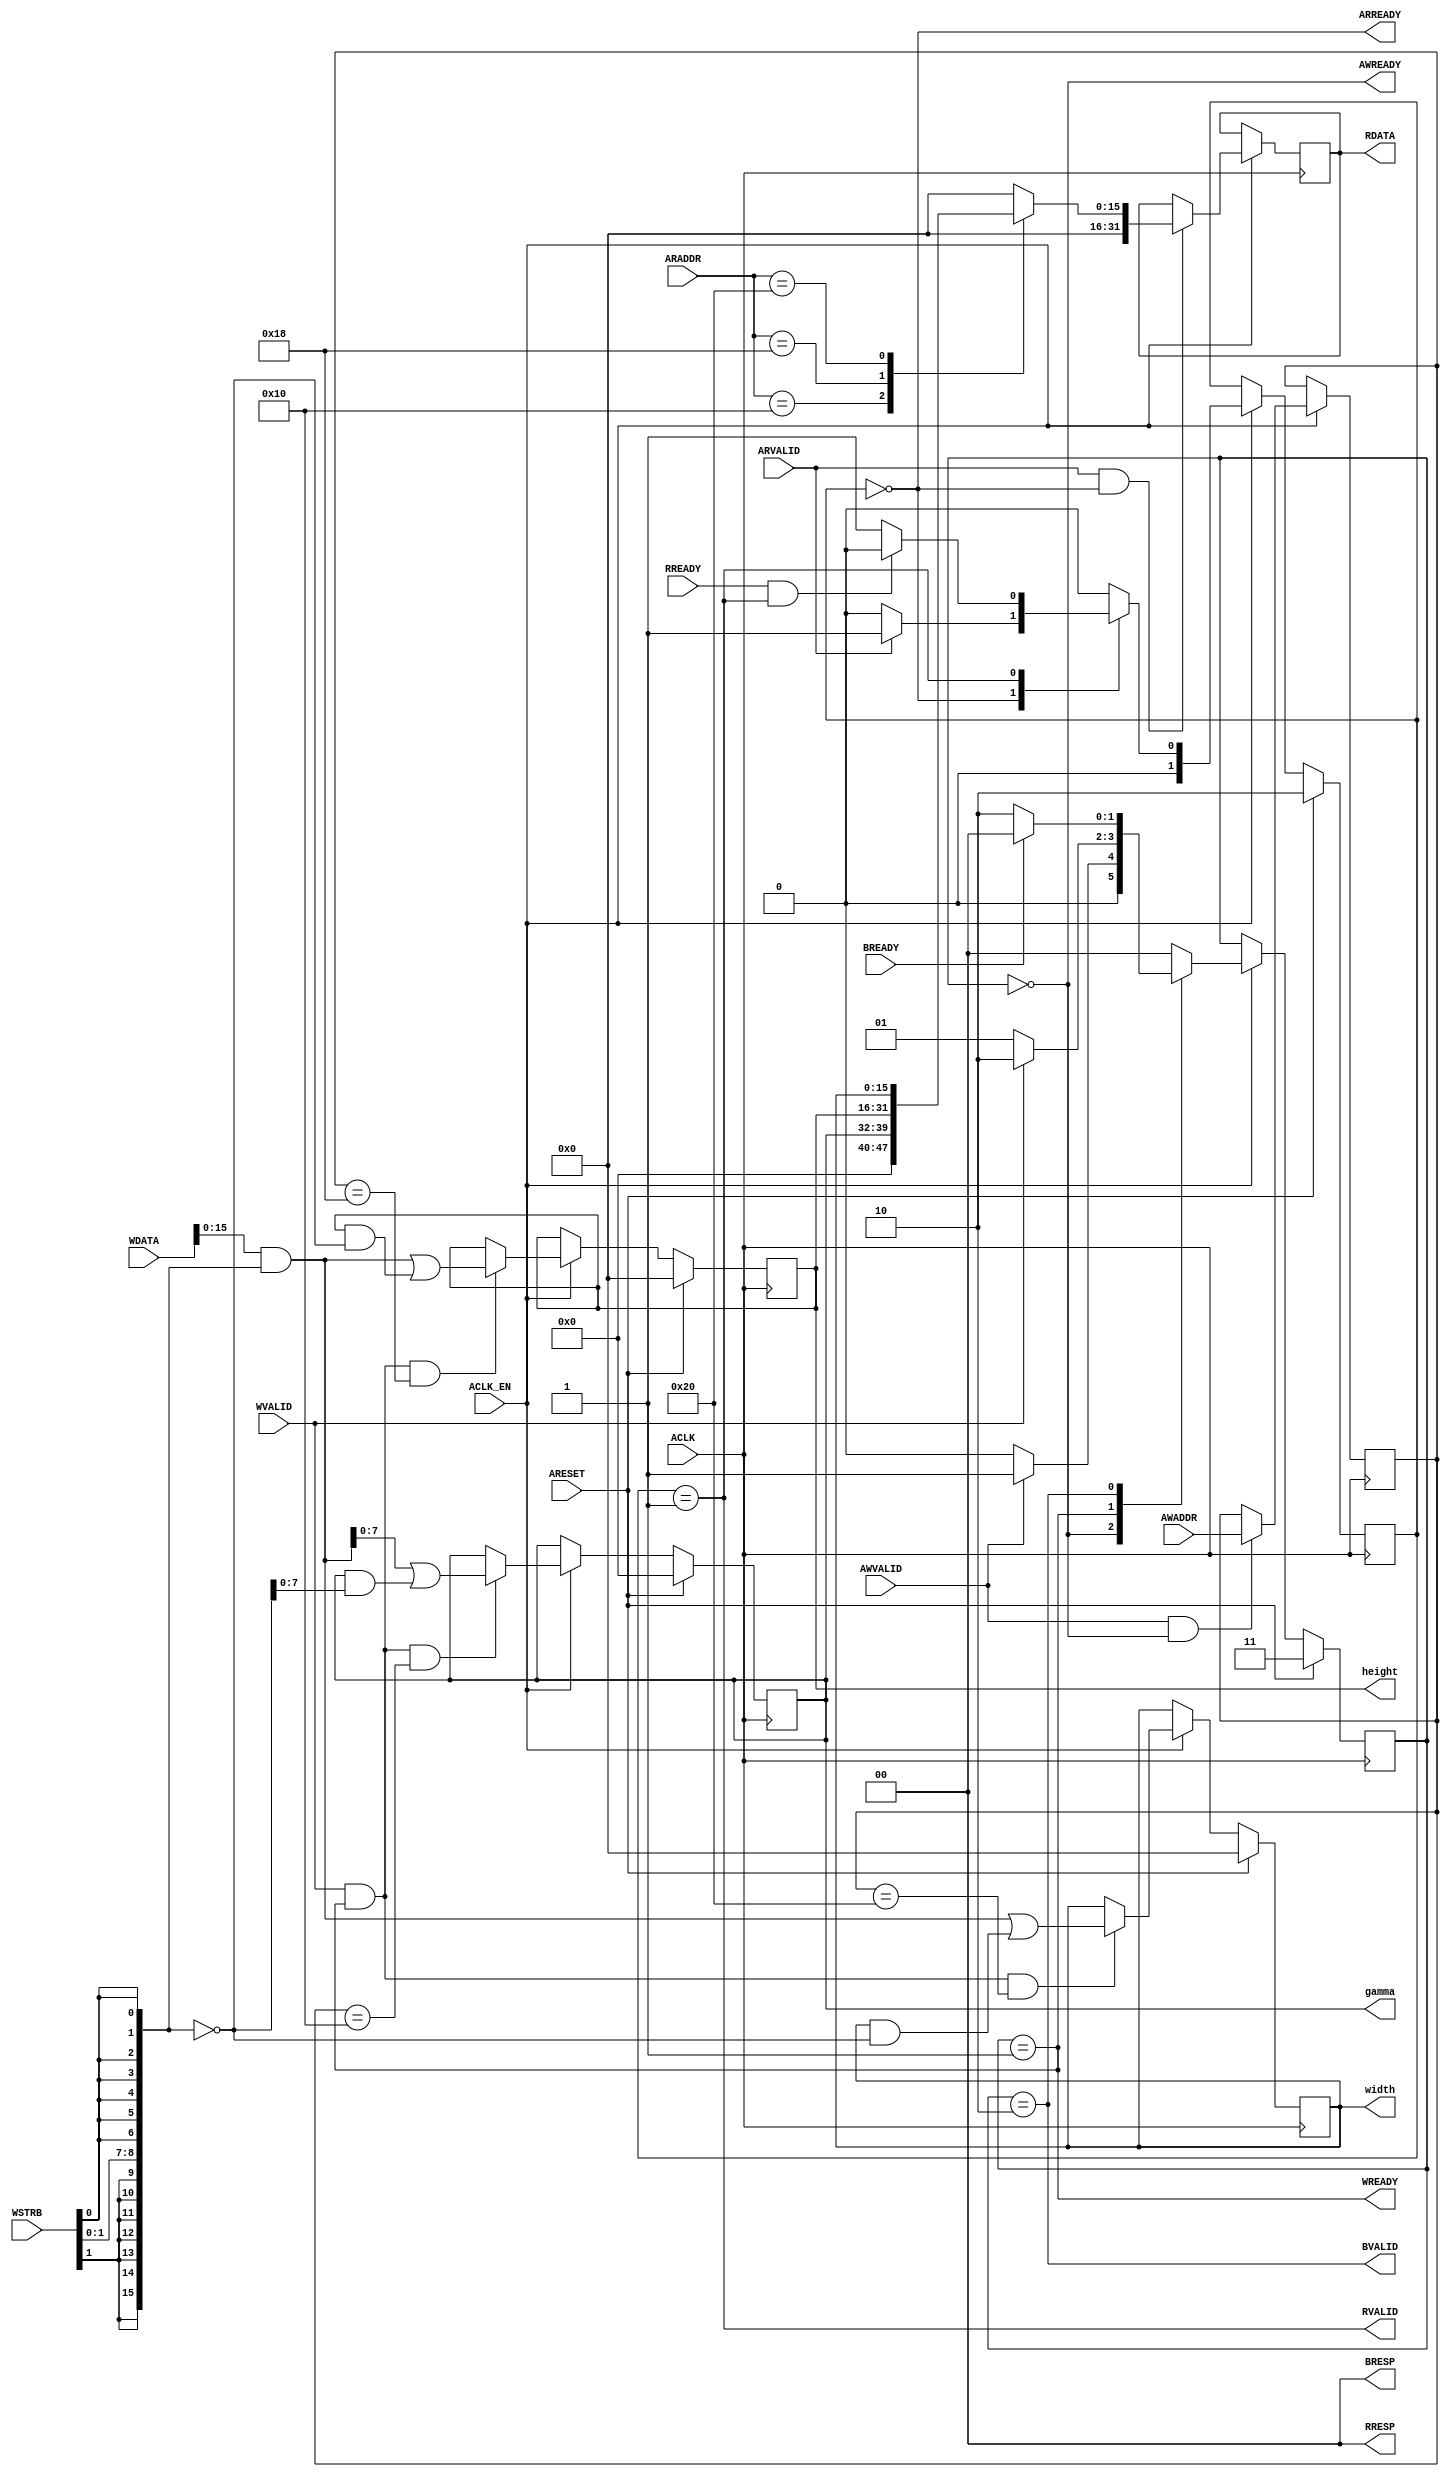
module hls_gamma_correction_AXILiteS_s_axi
#(parameter
    C_S_AXI_ADDR_WIDTH = 6,
    C_S_AXI_DATA_WIDTH = 32
)(
    // axi4 lite slave signals
    input  wire                          ACLK,
    input  wire                          ARESET,
    input  wire                          ACLK_EN,
    input  wire [C_S_AXI_ADDR_WIDTH-1:0] AWADDR,
    input  wire                          AWVALID,
    output wire                          AWREADY,
    input  wire [C_S_AXI_DATA_WIDTH-1:0] WDATA,
    input  wire [C_S_AXI_DATA_WIDTH/8-1:0] WSTRB,
    input  wire                          WVALID,
    output wire                          WREADY,
    output wire [1:0]                    BRESP,
    output wire                          BVALID,
    input  wire                          BREADY,
    input  wire [C_S_AXI_ADDR_WIDTH-1:0] ARADDR,
    input  wire                          ARVALID,
    output wire                          ARREADY,
    output wire [C_S_AXI_DATA_WIDTH-1:0] RDATA,
    output wire [1:0]                    RRESP,
    output wire                          RVALID,
    input  wire                          RREADY,
    // user signals
    output wire [7:0]                    gamma,
    output wire [15:0]                   height,
    output wire [15:0]                   width
);
//------------------------Address Info-------------------
// 0x00 : reserved
// 0x04 : reserved
// 0x08 : reserved
// 0x0c : reserved
// 0x10 : Data signal of gamma
//        bit 7~0 - gamma[7:0] (Read/Write)
//        others  - reserved
// 0x14 : reserved
// 0x18 : Data signal of height
//        bit 15~0 - height[15:0] (Read/Write)
//        others   - reserved
// 0x1c : reserved
// 0x20 : Data signal of width
//        bit 15~0 - width[15:0] (Read/Write)
//        others   - reserved
// 0x24 : reserved
// (SC = Self Clear, COR = Clear on Read, TOW = Toggle on Write, COH = Clear on Handshake)

//------------------------Parameter----------------------
localparam
    ADDR_GAMMA_DATA_0  = 6'h10,
    ADDR_GAMMA_CTRL    = 6'h14,
    ADDR_HEIGHT_DATA_0 = 6'h18,
    ADDR_HEIGHT_CTRL   = 6'h1c,
    ADDR_WIDTH_DATA_0  = 6'h20,
    ADDR_WIDTH_CTRL    = 6'h24,
    WRIDLE             = 2'd0,
    WRDATA             = 2'd1,
    WRRESP             = 2'd2,
    WRRESET            = 2'd3,
    RDIDLE             = 2'd0,
    RDDATA             = 2'd1,
    RDRESET            = 2'd2,
    ADDR_BITS         = 6;

//------------------------Local signal-------------------
    reg  [1:0]                    wstate = WRRESET;
    reg  [1:0]                    wnext;
    reg  [ADDR_BITS-1:0]          waddr;
    wire [31:0]                   wmask;
    wire                          aw_hs;
    wire                          w_hs;
    reg  [1:0]                    rstate = RDRESET;
    reg  [1:0]                    rnext;
    reg  [31:0]                   rdata;
    wire                          ar_hs;
    wire [ADDR_BITS-1:0]          raddr;
    // internal registers
    reg  [7:0]                    int_gamma = 'b0;
    reg  [15:0]                   int_height = 'b0;
    reg  [15:0]                   int_width = 'b0;

//------------------------Instantiation------------------

//------------------------AXI write fsm------------------
assign AWREADY = (wstate == WRIDLE);
assign WREADY  = (wstate == WRDATA);
assign BRESP   = 2'b00;  // OKAY
assign BVALID  = (wstate == WRRESP);
assign wmask   = { {8{WSTRB[3]}}, {8{WSTRB[2]}}, {8{WSTRB[1]}}, {8{WSTRB[0]}} };
assign aw_hs   = AWVALID & AWREADY;
assign w_hs    = WVALID & WREADY;

// wstate
always @(posedge ACLK) begin
    if (ARESET)
        wstate <= WRRESET;
    else if (ACLK_EN)
        wstate <= wnext;
end

// wnext
always @(*) begin
    case (wstate)
        WRIDLE:
            if (AWVALID)
                wnext = WRDATA;
            else
                wnext = WRIDLE;
        WRDATA:
            if (WVALID)
                wnext = WRRESP;
            else
                wnext = WRDATA;
        WRRESP:
            if (BREADY)
                wnext = WRIDLE;
            else
                wnext = WRRESP;
        default:
            wnext = WRIDLE;
    endcase
end

// waddr
always @(posedge ACLK) begin
    if (ACLK_EN) begin
        if (aw_hs)
            waddr <= AWADDR[ADDR_BITS-1:0];
    end
end

//------------------------AXI read fsm-------------------
assign ARREADY = (rstate == RDIDLE);
assign RDATA   = rdata;
assign RRESP   = 2'b00;  // OKAY
assign RVALID  = (rstate == RDDATA);
assign ar_hs   = ARVALID & ARREADY;
assign raddr   = ARADDR[ADDR_BITS-1:0];

// rstate
always @(posedge ACLK) begin
    if (ARESET)
        rstate <= RDRESET;
    else if (ACLK_EN)
        rstate <= rnext;
end

// rnext
always @(*) begin
    case (rstate)
        RDIDLE:
            if (ARVALID)
                rnext = RDDATA;
            else
                rnext = RDIDLE;
        RDDATA:
            if (RREADY & RVALID)
                rnext = RDIDLE;
            else
                rnext = RDDATA;
        default:
            rnext = RDIDLE;
    endcase
end

// rdata
always @(posedge ACLK) begin
    if (ACLK_EN) begin
        if (ar_hs) begin
            rdata <= 1'b0;
            case (raddr)
                ADDR_GAMMA_DATA_0: begin
                    rdata <= int_gamma[7:0];
                end
                ADDR_HEIGHT_DATA_0: begin
                    rdata <= int_height[15:0];
                end
                ADDR_WIDTH_DATA_0: begin
                    rdata <= int_width[15:0];
                end
            endcase
        end
    end
end


//------------------------Register logic-----------------
assign gamma  = int_gamma;
assign height = int_height;
assign width  = int_width;
// int_gamma[7:0]
always @(posedge ACLK) begin
    if (ARESET)
        int_gamma[7:0] <= 0;
    else if (ACLK_EN) begin
        if (w_hs && waddr == ADDR_GAMMA_DATA_0)
            int_gamma[7:0] <= (WDATA[31:0] & wmask) | (int_gamma[7:0] & ~wmask);
    end
end

// int_height[15:0]
always @(posedge ACLK) begin
    if (ARESET)
        int_height[15:0] <= 0;
    else if (ACLK_EN) begin
        if (w_hs && waddr == ADDR_HEIGHT_DATA_0)
            int_height[15:0] <= (WDATA[31:0] & wmask) | (int_height[15:0] & ~wmask);
    end
end

// int_width[15:0]
always @(posedge ACLK) begin
    if (ARESET)
        int_width[15:0] <= 0;
    else if (ACLK_EN) begin
        if (w_hs && waddr == ADDR_WIDTH_DATA_0)
            int_width[15:0] <= (WDATA[31:0] & wmask) | (int_width[15:0] & ~wmask);
    end
end


//------------------------Memory logic-------------------

endmodule